Tezpur Lunatic Asylum reports 1877-1894 - 1877-1894
Year: 1877
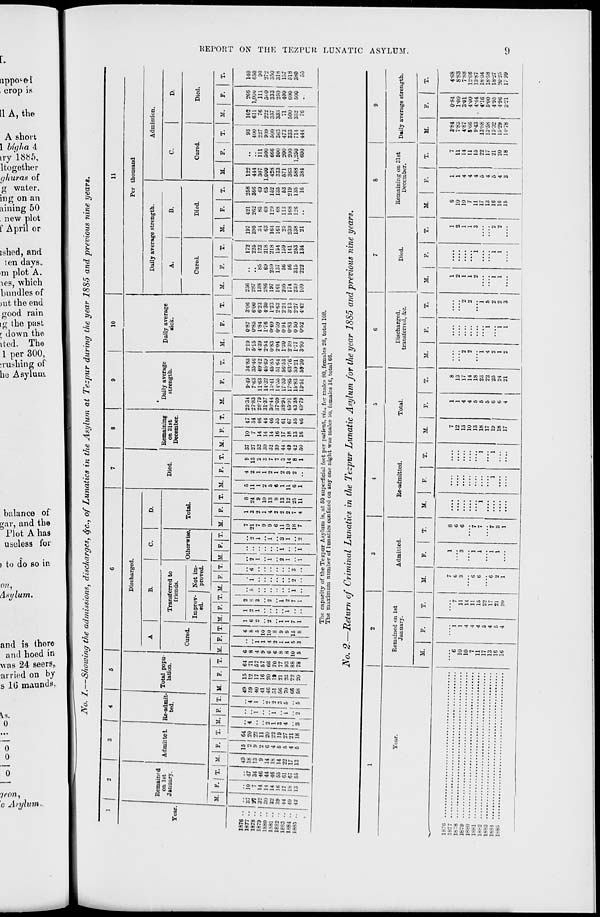
L
tippo^&l
crop \»
11 A, the
A short
1 big!i a 4
iry'l885,
ltogether
ghuras of
g water.
ing on an
fining 50
, new plot
f April or
ished, and
ten days..
im plot A.
ics, which
bundles of
nit the end
good rain
ig the past
r down the
ited. The
1 per 300,
:rushing of
he Asylum
balance of
oar, and the
3 Plot A has
useless for
> to do so in
on.
Asylum*
and is thore
and hoed in
was 24 seers,
arricd on by
s 1G inaunds,
0
0
0
0
/con,
o Asylum*
K
S>
k
e
c
»o
00
00
*^
c
1
3
k
3
I
c
s
»5
s
«o
s:
«o
■5
1
S
l
I
N
3
REPORT ON THE TEZPUR. LUNATIC ASYLUM.
•a
a
03
a
o
a
o
'$
9
■a
«1
3
bt
F=(
a
■a
cm
<3
a
fc
o
a o
•a
a
^
a ^
> bo
oS B
^.2
I
111
•3" i
■a
60
.a
S o
o
n
s
■a .
32
§1
53 a-
||
>
o .
H
B.'S
9
N
o
•S » b
ol~ 3
9 <= a
So g
0]
i
fa
a
fa
a
H
^
fa
»
fa
^
s
fa
a
^J* iO ft r- lO MI ii H aj i.O
f-< Co
f i ?5 :o H <a co
10 3HOMOOO"?
eoo—• - co io © o o
l?l O W i!j CO W ^ «D ifl
e-i - » w s « H o rro
O —< t - * i .- TC I - © iO t-»
r(<0
Cl CO CO
lO CO
co-D^riC>coroeo^'
OS D ?1 C> O "O S M H '
^ Cl o> iO CO ^ CO I— '
« H o 9 © O © IO ©
■ —- i.T '£> 'O T t '. I : I CO
(M-fNOXfO-HrtCD-*
©!■•*«©© cicor-cococo
rt "f CO O f CO U5 CO iA CO
Gft CO
P4 ^H
CM t*4
<?» «e x co TI *^ >-• ^ ?i
^ OM
r-H
r-1 r-< -H
S»0" , CC-1*MIIO-;»H
OJ gj 9Q CO CO CO d CO CO Ol
CM»OCOCCX-t*OSr-<COTt(
I* *1 CM iH H W l* f US CO
»o tra o: i- :D CO »O C^
' 30 (O IO P5 IO lO H ?1
-teOCTN.-^rs-^MMXoa
COCOi^-CO-^OOi^ICOh-
iO r» QQ *H b r- oo tO CO v'o
CNClCMCOCOM^-^Tf-t*
h- ** CO ^f CO O -^ I- tO CO
^cott^i^iotooin 0
ON^*l<*J'«JSCOMtD
N I- PI O « ft *f Cft ^1 O
COC^CO^OTOCO^'JiT^C?
OiCO(^COt^.t-CO-^00t
t}(f<HHNHWeOW
CN "-*
CM y: co
M
M
H:H-.-
"- — t- —
OCDiOOOCOfflOliOX
**^M-ccoscoaao
tOI'iQiOOSh.aoot-
".1 pi t* co O fl» « :; w 3
•-''-"-"'-•c-i^cNi'ic^ci
ftcRDHaHoottco
<«|t ia *^* ^ -^ O LO I'- O lO
1
to NMCDt*
OfDO
«so
3 1-
O
IN
'M
(OOfOOMW-ffONJl
9 p ?« co oi » i;t >H ?i ^
cocbco-^M-ictc-ifitfiTji
00 X 00 l^ ^ O ft CO (O «s
O) IO ?) ^co^ o
MHCOUSOOO re
ch iO ^ f* 3 CN iM
© r- O
CO CO CM ft W Tjt M 'O H ©
00 *f* ^J* CO 75 CO 113 t»- M CO
^ lO 6 O «S »-* i M ft B>
COCOVjf^(it<iOlOCOi.OiO
O CO CO 0*1 i-l
rf* CO CO CO ^
CJ s H i< •',:
O IO OJC 00 iA
^NS-iis CO
tO PN -H WOUH^ IOH
CO^OOWXMW
»l r-C
ri »« rt ^ M Cl N I- *
J iHHif CM«-4»-<iC<CO
COQO^ftVttXXOiO
»n»MOf«si«vo
■^ — —
HHHflHrt
■OI-V^^SS^;,
«o
6.
«
<ii
&i
■w
R
•0
O
?5
^j
|>
R,
^
e
00
>o
o
t<)
"O
3
»-i
5
(.
00
c
e»
'SJ
s
5^
- <a
<i>
|e
so
■2^
°"2
*» to
X
6 -H
S
3 '/i
<c
si s
I_ 9
S a
s>,
d 3
N
& O
o
♦* s
C rt
<M
fa «
K
&a
S
^5
i>
M-Sf
p
<S c
F«
2%
w
o 3
o<
- a
^
"<;
S-3
s
« 9
<a
«o
^
B. «
<^ =
^
« =
•«^>
3^
•S
II 5
O g
C
>, a
11
a a
a
~ j
HB
■M
^
J3
a h
£?a
.as
»
PS
5
°1
e
a
■a
o!)
H
a
■a
| I
I
t«
h
^
fe
S
9
Oi~(COTji'^^i«iorj*^:o)
^:;r.co«cox«ft»
00 crj 00 tp ^P 9O U9 co CN t-
CO l— •if* »o ft co ro cb 1*0 *t*
I^HI'H'ONUHOX
fHH^"f^l(J^|(l^CO
COOONHUOSCOOifl
HCI«^:I
■ .MH
' <N (M
•—.».-; i : 1 :•--
■ C* W • H T)< PI H C>
00COt^^»W?1«3'J'r-l
HHrHHWCN^ClCN
Hi-t^TjUOlOiflCDW*)'
hNCOOMXtHftXN
CO CD tfl »t*i»- •C>*?:H
fa
^
t--orc «co» .-?!—.
• M^r-H^rJi^wa^iO^
'COOOf-HNCOCO'O
p i" X ft. o rn o-i ro »" i.O
ocwjocoooxxgoodjcl